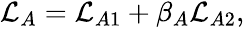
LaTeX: \begin{array}{r}{\mathcal{L}_{A}=\mathcal{L}_{A1}+\beta_{A}\mathcal{L}_{A2},}\end{array}